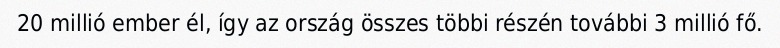
20 millió ember él, így az ország összes többi részén további 3 millió fő.